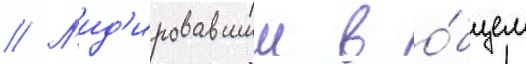
// Л'ид'ировавшии в о́бщем